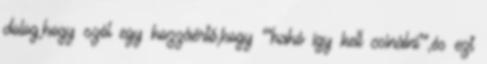
dolog,hogy szól egy hozzáértő,hogy ""hahó így kell csinálni"",és ezt